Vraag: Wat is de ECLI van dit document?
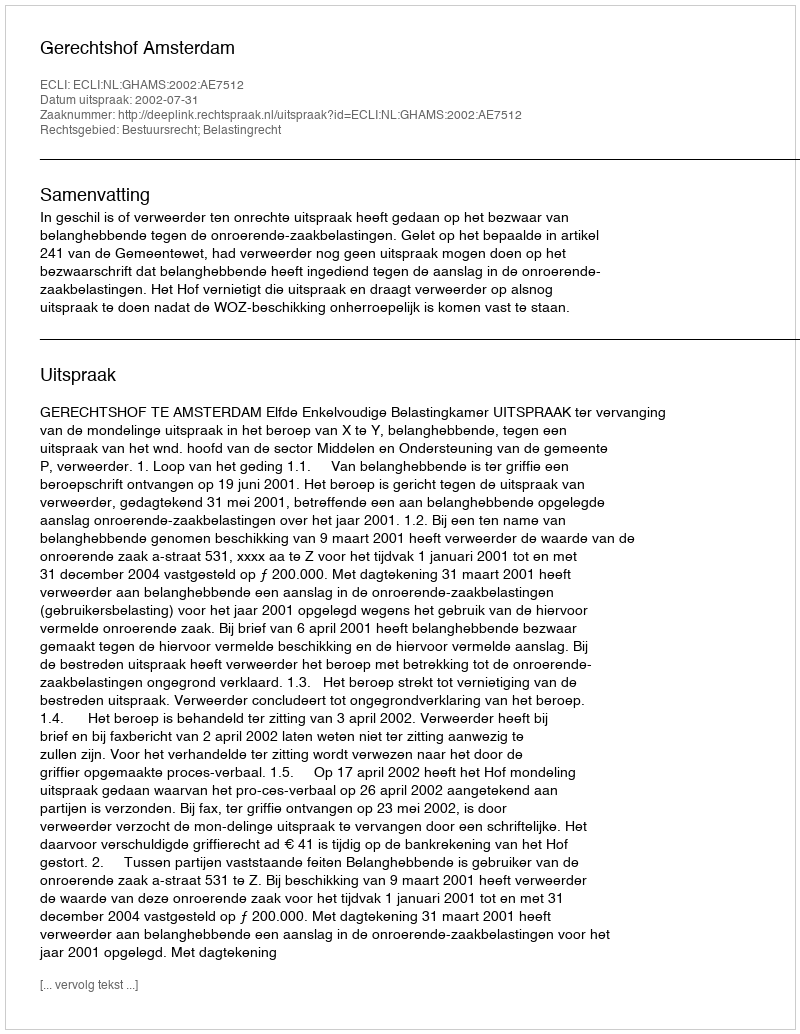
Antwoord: ECLI:NL:GHAMS:2002:AE7512